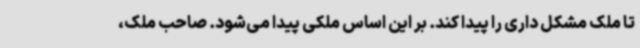
تا ملک مشکل داری را پیدا کند. بر این اساس ملکی پیدا می‌شود. صاحب ملک،